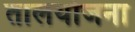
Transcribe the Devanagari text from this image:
तालयोजना